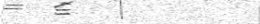
٧٦